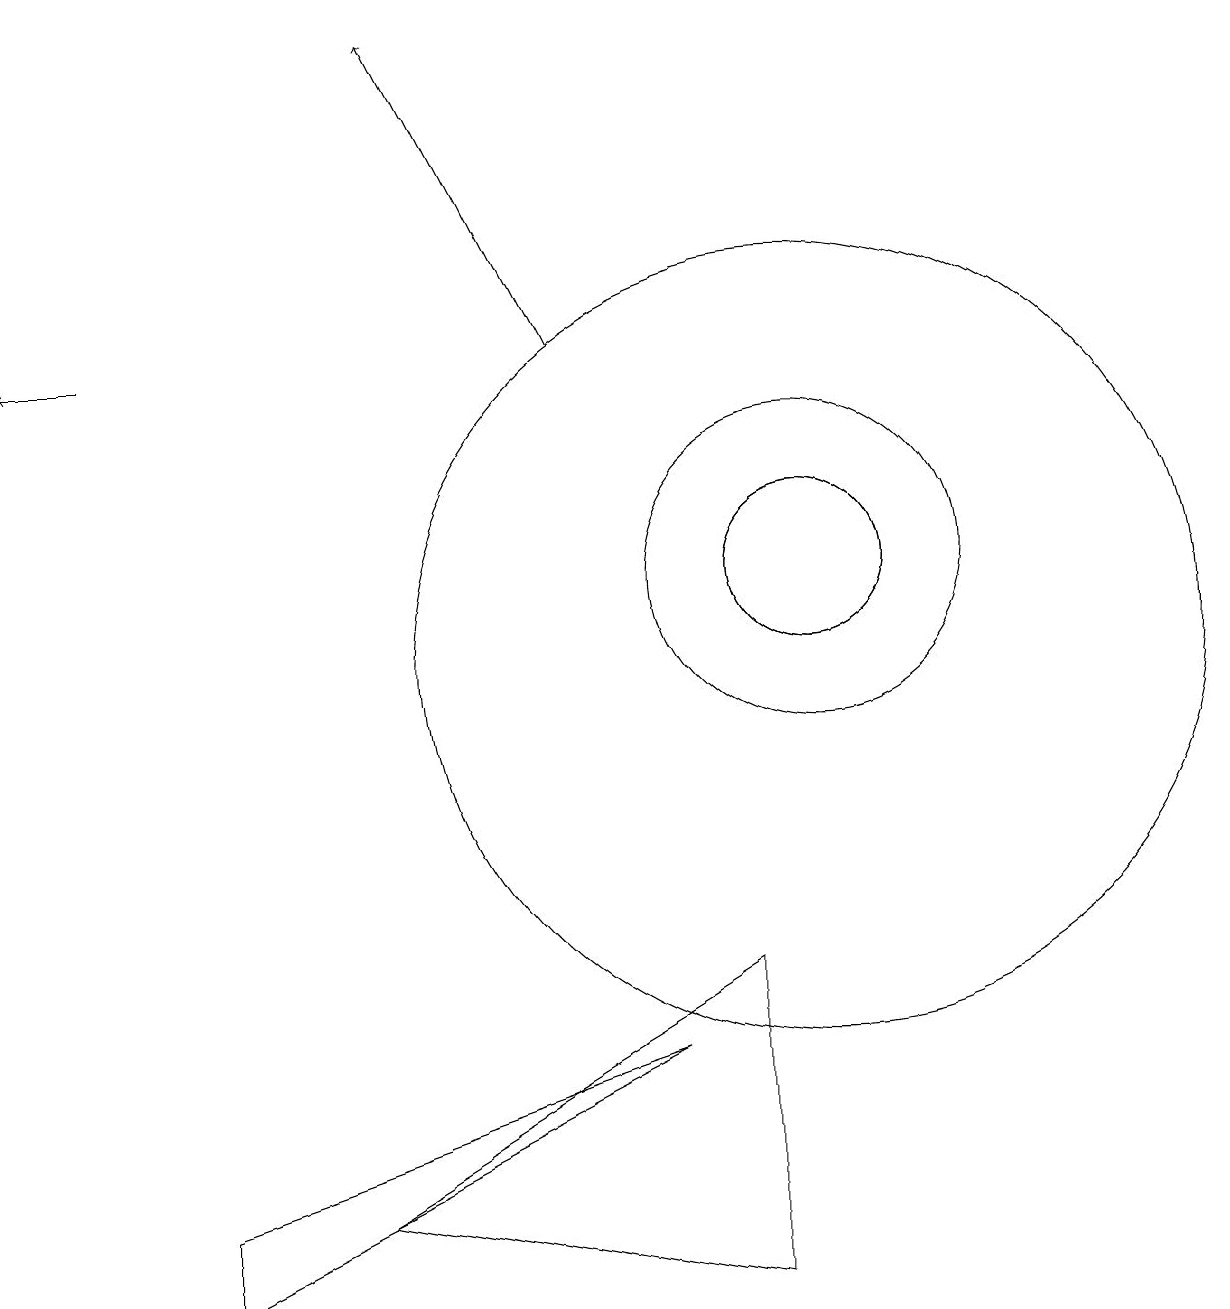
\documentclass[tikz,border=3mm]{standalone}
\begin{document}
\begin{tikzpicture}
\draw[->] (1,14) -- (0,14);
\draw (10,11) circle (2);
\draw (10,11) circle (1);
\draw (10,10) circle (5);
\draw (10,11) circle (1);
\draw (2,3) -- (8,5) -- (2,2) -- cycle;
\draw[->] (7,14) -- (5,18);
\draw (9,2) -- (9,6) -- (4,3) -- cycle;
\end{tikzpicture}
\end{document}